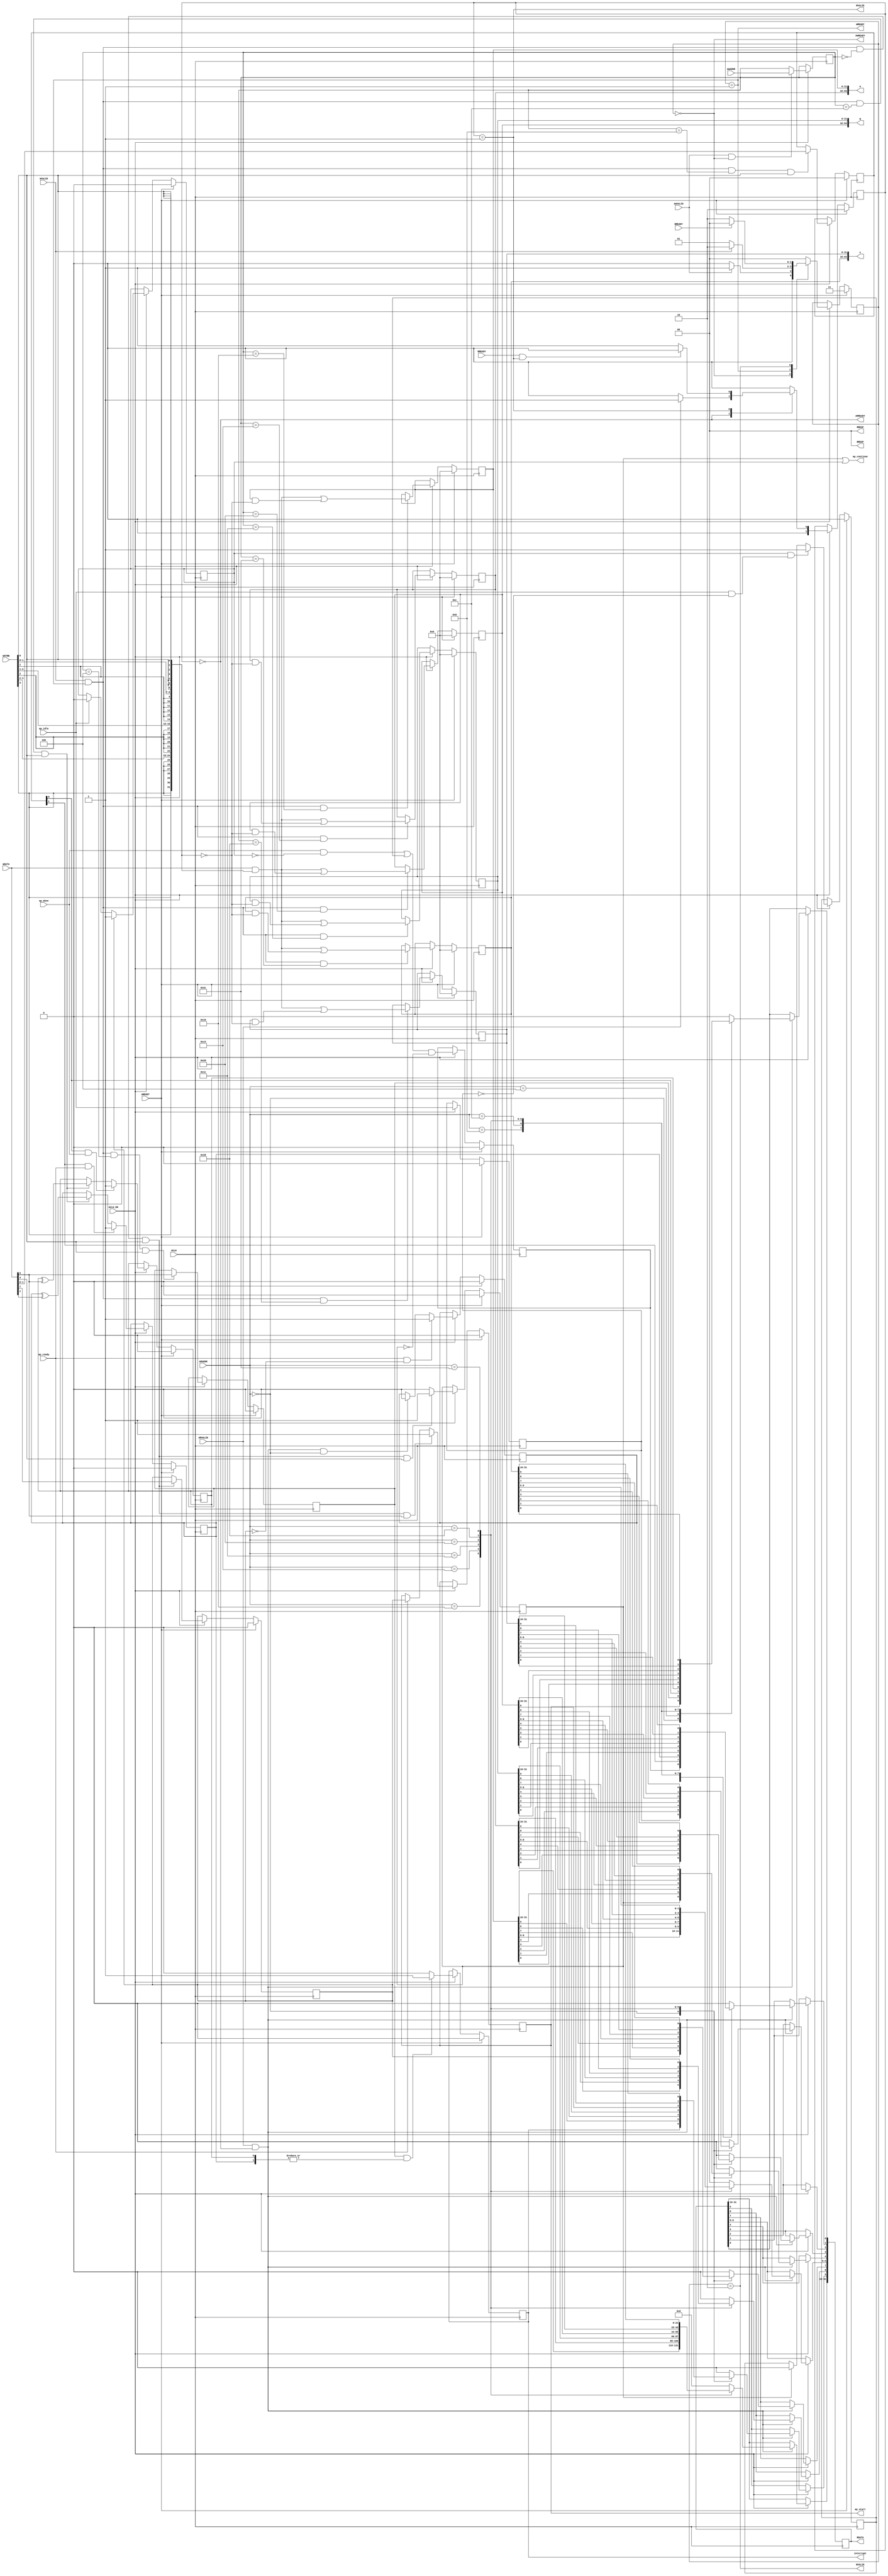
// ==============================================================
// Vitis HLS - High-Level Synthesis from C, C++ and OpenCL v2022.2 (64-bit)
// Tool Version Limit: 2019.12
// Copyright 1986-2022 Xilinx, Inc. All Rights Reserved.
// ==============================================================
`timescale 1ns/1ps
module kernel3_control_s_axi
#(parameter
    C_S_AXI_ADDR_WIDTH = 6,
    C_S_AXI_DATA_WIDTH = 32
)(
    input  wire                          ACLK,
    input  wire                          ARESET,
    input  wire                          ACLK_EN,
    input  wire [C_S_AXI_ADDR_WIDTH-1:0] AWADDR,
    input  wire                          AWVALID,
    output wire                          AWREADY,
    input  wire [C_S_AXI_DATA_WIDTH-1:0] WDATA,
    input  wire [C_S_AXI_DATA_WIDTH/8-1:0] WSTRB,
    input  wire                          WVALID,
    output wire                          WREADY,
    output wire [1:0]                    BRESP,
    output wire                          BVALID,
    input  wire                          BREADY,
    input  wire [C_S_AXI_ADDR_WIDTH-1:0] ARADDR,
    input  wire                          ARVALID,
    output wire                          ARREADY,
    output wire [C_S_AXI_DATA_WIDTH-1:0] RDATA,
    output wire [1:0]                    RRESP,
    output wire                          RVALID,
    input  wire                          RREADY,
    output wire                          interrupt,
    output wire [63:0]                   A,
    output wire [63:0]                   B,
    output wire [63:0]                   C,
    output wire                          ap_start,
    input  wire                          ap_done,
    input  wire                          ap_ready,
    output wire                          ap_continue,
    input  wire                          ap_idle
);
//------------------------Address Info-------------------
// 0x00 : Control signals
//        bit 0  - ap_start (Read/Write/COH)
//        bit 1  - ap_done (Read)
//        bit 2  - ap_idle (Read)
//        bit 3  - ap_ready (Read/COR)
//        bit 4  - ap_continue (Read/Write/SC)
//        bit 7  - auto_restart (Read/Write)
//        bit 9  - interrupt (Read)
//        others - reserved
// 0x04 : Global Interrupt Enable Register
//        bit 0  - Global Interrupt Enable (Read/Write)
//        others - reserved
// 0x08 : IP Interrupt Enable Register (Read/Write)
//        bit 0 - enable ap_done interrupt (Read/Write)
//        bit 1 - enable ap_ready interrupt (Read/Write)
//        others - reserved
// 0x0c : IP Interrupt Status Register (Read/TOW)
//        bit 0 - ap_done (Read/TOW)
//        bit 1 - ap_ready (Read/TOW)
//        others - reserved
// 0x10 : Data signal of A
//        bit 31~0 - A[31:0] (Read/Write)
// 0x14 : Data signal of A
//        bit 31~0 - A[63:32] (Read/Write)
// 0x18 : reserved
// 0x1c : Data signal of B
//        bit 31~0 - B[31:0] (Read/Write)
// 0x20 : Data signal of B
//        bit 31~0 - B[63:32] (Read/Write)
// 0x24 : reserved
// 0x28 : Data signal of C
//        bit 31~0 - C[31:0] (Read/Write)
// 0x2c : Data signal of C
//        bit 31~0 - C[63:32] (Read/Write)
// 0x30 : reserved
// (SC = Self Clear, COR = Clear on Read, TOW = Toggle on Write, COH = Clear on Handshake)

//------------------------Parameter----------------------
localparam
    ADDR_AP_CTRL  = 6'h00,
    ADDR_GIE      = 6'h04,
    ADDR_IER      = 6'h08,
    ADDR_ISR      = 6'h0c,
    ADDR_A_DATA_0 = 6'h10,
    ADDR_A_DATA_1 = 6'h14,
    ADDR_A_CTRL   = 6'h18,
    ADDR_B_DATA_0 = 6'h1c,
    ADDR_B_DATA_1 = 6'h20,
    ADDR_B_CTRL   = 6'h24,
    ADDR_C_DATA_0 = 6'h28,
    ADDR_C_DATA_1 = 6'h2c,
    ADDR_C_CTRL   = 6'h30,
    WRIDLE        = 2'd0,
    WRDATA        = 2'd1,
    WRRESP        = 2'd2,
    WRRESET       = 2'd3,
    RDIDLE        = 2'd0,
    RDDATA        = 2'd1,
    RDRESET       = 2'd2,
    ADDR_BITS                = 6;

//------------------------Local signal-------------------
    reg  [1:0]                    wstate = WRRESET;
    reg  [1:0]                    wnext;
    reg  [ADDR_BITS-1:0]          waddr;
    wire [C_S_AXI_DATA_WIDTH-1:0] wmask;
    wire                          aw_hs;
    wire                          w_hs;
    reg  [1:0]                    rstate = RDRESET;
    reg  [1:0]                    rnext;
    reg  [C_S_AXI_DATA_WIDTH-1:0] rdata;
    wire                          ar_hs;
    wire [ADDR_BITS-1:0]          raddr;
    // internal registers
    reg                           int_ap_idle;
    reg                           int_ap_continue;
    reg                           int_ap_ready = 1'b0;
    wire                          task_ap_ready;
    reg                           int_ap_done = 1'b0;
    wire                          task_ap_done;
    reg                           int_task_ap_done = 1'b0;
    reg                           int_ap_start = 1'b0;
    reg                           int_interrupt = 1'b0;
    reg                           int_auto_restart = 1'b0;
    reg                           auto_restart_status = 1'b0;
    reg                           auto_restart_done = 1'b0;
    reg                           int_gie = 1'b0;
    reg  [1:0]                    int_ier = 2'b0;
    reg  [1:0]                    int_isr = 2'b0;
    reg  [63:0]                   int_A = 'b0;
    reg  [63:0]                   int_B = 'b0;
    reg  [63:0]                   int_C = 'b0;

//------------------------Instantiation------------------


//------------------------AXI write fsm------------------
assign AWREADY = (wstate == WRIDLE);
assign WREADY  = (wstate == WRDATA);
assign BRESP   = 2'b00;  // OKAY
assign BVALID  = (wstate == WRRESP);
assign wmask   = { {8{WSTRB[3]}}, {8{WSTRB[2]}}, {8{WSTRB[1]}}, {8{WSTRB[0]}} };
assign aw_hs   = AWVALID & AWREADY;
assign w_hs    = WVALID & WREADY;

// wstate
always @(posedge ACLK) begin
    if (ARESET)
        wstate <= WRRESET;
    else if (ACLK_EN)
        wstate <= wnext;
end

// wnext
always @(*) begin
    case (wstate)
        WRIDLE:
            if (AWVALID)
                wnext = WRDATA;
            else
                wnext = WRIDLE;
        WRDATA:
            if (WVALID)
                wnext = WRRESP;
            else
                wnext = WRDATA;
        WRRESP:
            if (BREADY)
                wnext = WRIDLE;
            else
                wnext = WRRESP;
        default:
            wnext = WRIDLE;
    endcase
end

// waddr
always @(posedge ACLK) begin
    if (ACLK_EN) begin
        if (aw_hs)
            waddr <= AWADDR[ADDR_BITS-1:0];
    end
end

//------------------------AXI read fsm-------------------
assign ARREADY = (rstate == RDIDLE);
assign RDATA   = rdata;
assign RRESP   = 2'b00;  // OKAY
assign RVALID  = (rstate == RDDATA);
assign ar_hs   = ARVALID & ARREADY;
assign raddr   = ARADDR[ADDR_BITS-1:0];

// rstate
always @(posedge ACLK) begin
    if (ARESET)
        rstate <= RDRESET;
    else if (ACLK_EN)
        rstate <= rnext;
end

// rnext
always @(*) begin
    case (rstate)
        RDIDLE:
            if (ARVALID)
                rnext = RDDATA;
            else
                rnext = RDIDLE;
        RDDATA:
            if (RREADY & RVALID)
                rnext = RDIDLE;
            else
                rnext = RDDATA;
        default:
            rnext = RDIDLE;
    endcase
end

// rdata
always @(posedge ACLK) begin
    if (ACLK_EN) begin
        if (ar_hs) begin
            rdata <= 'b0;
            case (raddr)
                ADDR_AP_CTRL: begin
                    rdata[0] <= int_ap_start;
                    rdata[1] <= int_task_ap_done;
                    rdata[2] <= int_ap_idle;
                    rdata[3] <= int_ap_ready;
                    rdata[4] <= int_ap_continue;
                    rdata[7] <= int_auto_restart;
                    rdata[9] <= int_interrupt;
                end
                ADDR_GIE: begin
                    rdata <= int_gie;
                end
                ADDR_IER: begin
                    rdata <= int_ier;
                end
                ADDR_ISR: begin
                    rdata <= int_isr;
                end
                ADDR_A_DATA_0: begin
                    rdata <= int_A[31:0];
                end
                ADDR_A_DATA_1: begin
                    rdata <= int_A[63:32];
                end
                ADDR_B_DATA_0: begin
                    rdata <= int_B[31:0];
                end
                ADDR_B_DATA_1: begin
                    rdata <= int_B[63:32];
                end
                ADDR_C_DATA_0: begin
                    rdata <= int_C[31:0];
                end
                ADDR_C_DATA_1: begin
                    rdata <= int_C[63:32];
                end
            endcase
        end
    end
end


//------------------------Register logic-----------------
assign interrupt     = int_interrupt;
assign ap_start      = int_ap_start;
assign task_ap_done  = (ap_done && !auto_restart_status) || auto_restart_done;
assign task_ap_ready = ap_ready && !int_auto_restart;
assign ap_continue   = int_ap_continue || auto_restart_status;
assign A             = int_A;
assign B             = int_B;
assign C             = int_C;
// int_interrupt
always @(posedge ACLK) begin
    if (ARESET)
        int_interrupt <= 1'b0;
    else if (ACLK_EN) begin
        if (int_gie && (|int_isr))
            int_interrupt <= 1'b1;
        else
            int_interrupt <= 1'b0;
    end
end

// int_ap_start
always @(posedge ACLK) begin
    if (ARESET)
        int_ap_start <= 1'b0;
    else if (ACLK_EN) begin
        if (w_hs && waddr == ADDR_AP_CTRL && WSTRB[0] && WDATA[0])
            int_ap_start <= 1'b1;
        else if (ap_ready)
            int_ap_start <= int_auto_restart; // clear on handshake/auto restart
    end
end

// int_ap_done
always @(posedge ACLK) begin
    if (ARESET)
        int_ap_done <= 1'b0;
    else if (ACLK_EN) begin
            int_ap_done <= ap_done;
    end
end

// int_task_ap_done
always @(posedge ACLK) begin
    if (ARESET)
        int_task_ap_done <= 1'b0;
    else if (ACLK_EN) begin
            int_task_ap_done <= task_ap_done && !int_ap_continue;
    end
end

// int_ap_idle
always @(posedge ACLK) begin
    if (ARESET)
        int_ap_idle <= 1'b0;
    else if (ACLK_EN) begin
            int_ap_idle <= ap_idle;
    end
end

// int_ap_ready
always @(posedge ACLK) begin
    if (ARESET)
        int_ap_ready <= 1'b0;
    else if (ACLK_EN) begin
        if (task_ap_ready)
            int_ap_ready <= 1'b1;
        else if (ar_hs && raddr == ADDR_AP_CTRL)
            int_ap_ready <= 1'b0;
    end
end

// int_ap_continue
always @(posedge ACLK) begin
    if (ARESET)
        int_ap_continue <= 1'b0;
    else if (ACLK_EN) begin
        if (w_hs && waddr == ADDR_AP_CTRL && WSTRB[0] && WDATA[4])
            int_ap_continue <= 1'b1;
        else
            int_ap_continue <= 1'b0; // self clear
    end
end

// int_auto_restart
always @(posedge ACLK) begin
    if (ARESET)
        int_auto_restart <= 1'b0;
    else if (ACLK_EN) begin
        if (w_hs && waddr == ADDR_AP_CTRL && WSTRB[0])
            int_auto_restart <=  WDATA[7];
    end
end

// auto_restart_status
always @(posedge ACLK) begin
    if (ARESET)
        auto_restart_status <= 1'b0;
    else if (ACLK_EN) begin
        if (int_auto_restart)
            auto_restart_status <= 1'b1;
        else if (ap_idle)
            auto_restart_status <= 1'b0;
    end
end

// auto_restart_done
always @(posedge ACLK) begin
    if (ARESET)
        auto_restart_done <= 1'b0;
    else if (ACLK_EN) begin
        if (auto_restart_status && (ap_idle && !int_ap_idle))
            auto_restart_done <= 1'b1;
        else if (int_ap_continue)
            auto_restart_done <= 1'b0;
    end
end

// int_gie
always @(posedge ACLK) begin
    if (ARESET)
        int_gie <= 1'b0;
    else if (ACLK_EN) begin
        if (w_hs && waddr == ADDR_GIE && WSTRB[0])
            int_gie <= WDATA[0];
    end
end

// int_ier
always @(posedge ACLK) begin
    if (ARESET)
        int_ier <= 1'b0;
    else if (ACLK_EN) begin
        if (w_hs && waddr == ADDR_IER && WSTRB[0])
            int_ier <= WDATA[1:0];
    end
end

// int_isr[0]
always @(posedge ACLK) begin
    if (ARESET)
        int_isr[0] <= 1'b0;
    else if (ACLK_EN) begin
        if (int_ier[0] & ap_done)
            int_isr[0] <= 1'b1;
        else if (w_hs && waddr == ADDR_ISR && WSTRB[0])
            int_isr[0] <= int_isr[0] ^ WDATA[0]; // toggle on write
    end
end

// int_isr[1]
always @(posedge ACLK) begin
    if (ARESET)
        int_isr[1] <= 1'b0;
    else if (ACLK_EN) begin
        if (int_ier[1] & ap_ready)
            int_isr[1] <= 1'b1;
        else if (w_hs && waddr == ADDR_ISR && WSTRB[0])
            int_isr[1] <= int_isr[1] ^ WDATA[1]; // toggle on write
    end
end

// int_A[31:0]
always @(posedge ACLK) begin
    if (ARESET)
        int_A[31:0] <= 0;
    else if (ACLK_EN) begin
        if (w_hs && waddr == ADDR_A_DATA_0)
            int_A[31:0] <= (WDATA[31:0] & wmask) | (int_A[31:0] & ~wmask);
    end
end

// int_A[63:32]
always @(posedge ACLK) begin
    if (ARESET)
        int_A[63:32] <= 0;
    else if (ACLK_EN) begin
        if (w_hs && waddr == ADDR_A_DATA_1)
            int_A[63:32] <= (WDATA[31:0] & wmask) | (int_A[63:32] & ~wmask);
    end
end

// int_B[31:0]
always @(posedge ACLK) begin
    if (ARESET)
        int_B[31:0] <= 0;
    else if (ACLK_EN) begin
        if (w_hs && waddr == ADDR_B_DATA_0)
            int_B[31:0] <= (WDATA[31:0] & wmask) | (int_B[31:0] & ~wmask);
    end
end

// int_B[63:32]
always @(posedge ACLK) begin
    if (ARESET)
        int_B[63:32] <= 0;
    else if (ACLK_EN) begin
        if (w_hs && waddr == ADDR_B_DATA_1)
            int_B[63:32] <= (WDATA[31:0] & wmask) | (int_B[63:32] & ~wmask);
    end
end

// int_C[31:0]
always @(posedge ACLK) begin
    if (ARESET)
        int_C[31:0] <= 0;
    else if (ACLK_EN) begin
        if (w_hs && waddr == ADDR_C_DATA_0)
            int_C[31:0] <= (WDATA[31:0] & wmask) | (int_C[31:0] & ~wmask);
    end
end

// int_C[63:32]
always @(posedge ACLK) begin
    if (ARESET)
        int_C[63:32] <= 0;
    else if (ACLK_EN) begin
        if (w_hs && waddr == ADDR_C_DATA_1)
            int_C[63:32] <= (WDATA[31:0] & wmask) | (int_C[63:32] & ~wmask);
    end
end

//synthesis translate_off
always @(posedge ACLK) begin
    if (ACLK_EN) begin
        if (int_gie & ~int_isr[0] & int_ier[0] & ap_done)
            $display ("// Interrupt Monitor : interrupt for ap_done detected @ \"%0t\"", $time);
        if (int_gie & ~int_isr[1] & int_ier[1] & ap_ready)
            $display ("// Interrupt Monitor : interrupt for ap_ready detected @ \"%0t\"", $time);
    end
end
//synthesis translate_on

//------------------------Memory logic-------------------

endmodule